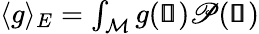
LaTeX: \begin{array}{r}{\langle g\rangle_{E}=\int_{\mathcal{M}}g(\pmb{\mathscr{s}})\mathscr{P}(\pmb{\mathscr{s}})}\end{array}